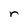
Character: r